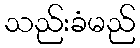
သည်းခံမည်